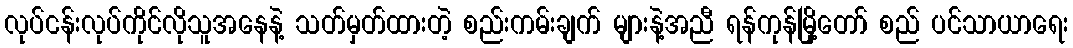
လုပ်ငန်းလုပ်ကိုင်လိုသူအနေနဲ့ သတ်မှတ်ထားတဲ့ စည်းကမ်းချက် များနဲ့အညီ ရန်ကုန်မြို့တော် စည် ပင်သာယာရေး